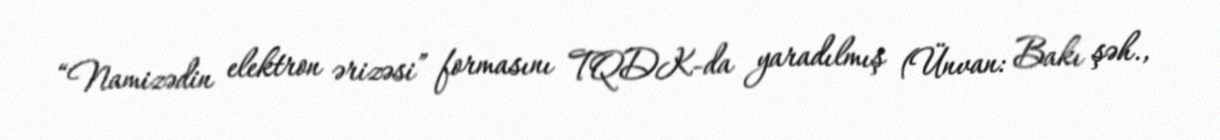
“Namizədin elektron ərizəsi” formasını TQDK-da yaradılmış (Ünvan: Bakı şəh.,